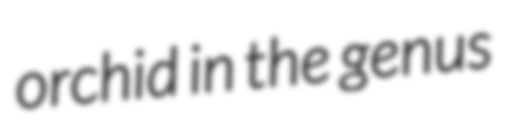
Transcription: orchid in the genus